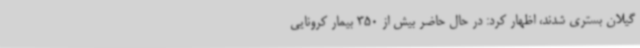
گیلان بستری شدند، اظهار کرد: در حال حاضر بیش از 350 بیمار کرونایی